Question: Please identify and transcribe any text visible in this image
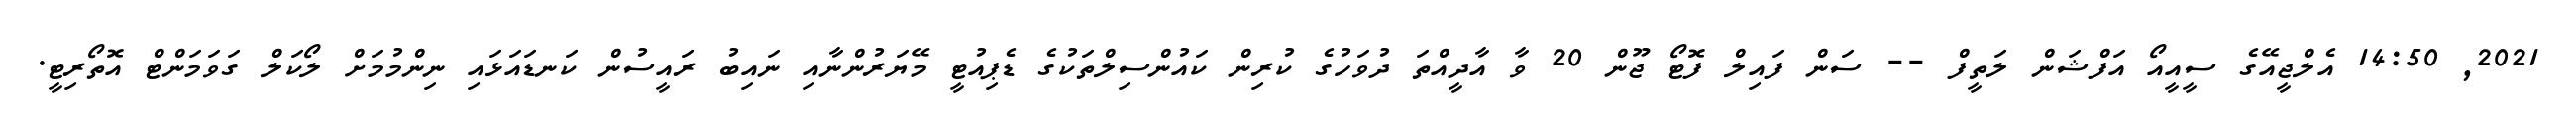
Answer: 2021, 14:50 އެލްޖީއޭގެ ސީއީއޯ އަފްޝަން ލަތީފް -- ސަން ފައިލް ފޮޓޯ ޖޫން 20 ވާ އާދީއްތަ ދުވަހުގެ ކުރިން ކައުންސިލްތަކުގެ ޑެޕިއުޓީ މޭޔަރުންނާއި ނައިބު ރައީސުން ކަނޑައަޅައި ނިންމުމަށް ލޯކަލް ގަވަމަންޓް އޮތޯރިޓީ.